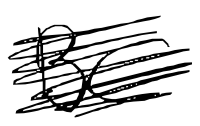
Text: BC
Cross-out: scratch
Writing tool: digital_black